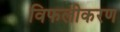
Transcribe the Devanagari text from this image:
विफलीकरण